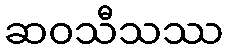
ဆဝသီသဿ